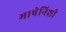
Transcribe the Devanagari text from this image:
भाषेनिशी